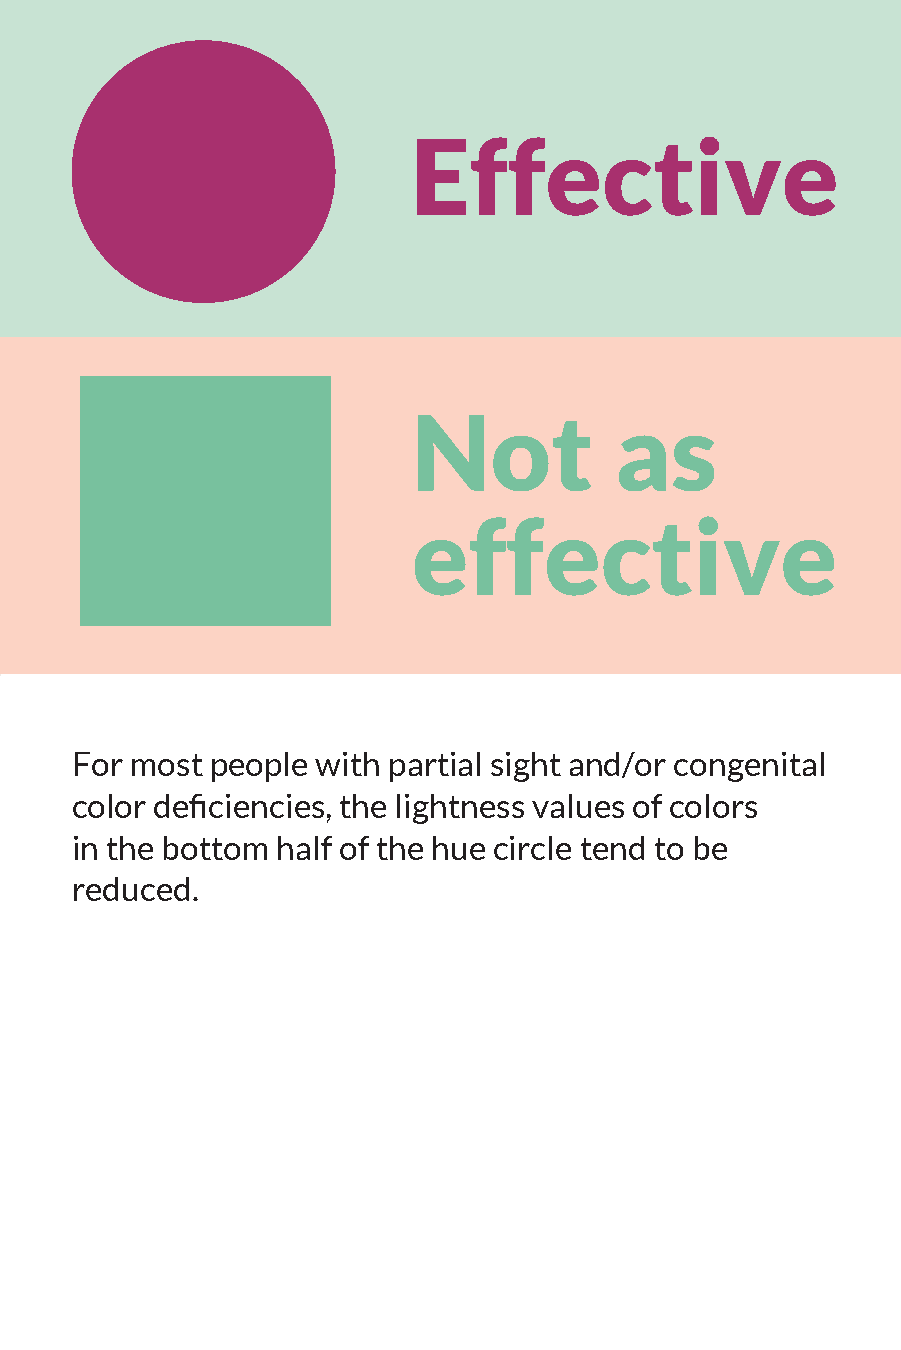
Effective
 Not           as
 effective
 For most people with partial sight and/or congenital
 color deficiencies, the lightness values of colors
 in the bottom half of the hue circle tend to be
 reduced.